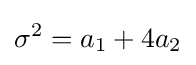
\sigma ^{2}=a_{1}+4a_{2}